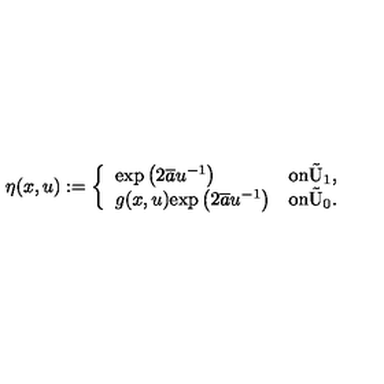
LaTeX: \eta ( x , u ) : = \left\{ \begin{array} { l l } { \mathrm { e x p } \left( 2 \overline { { a } } u ^ { - 1 } \right) } & { \mathrm { o n \tilde { U } _ 1 } , } \\ { g ( x , u ) \mathrm { e x p } \left( 2 \overline { { a } } u ^ { - 1 } \right) } & { \mathrm { o n \tilde { U } _ 0 . } } \\ \end{array} \right.